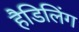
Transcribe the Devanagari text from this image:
हैडिलिंग